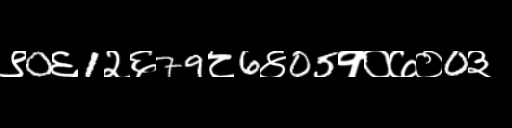
Text: ९0६1२६79८6४05१०७०0३